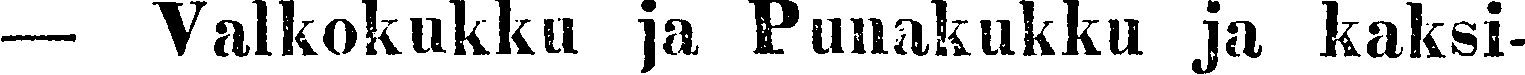
— Valkokukku ja Punakukku ja kaksi-